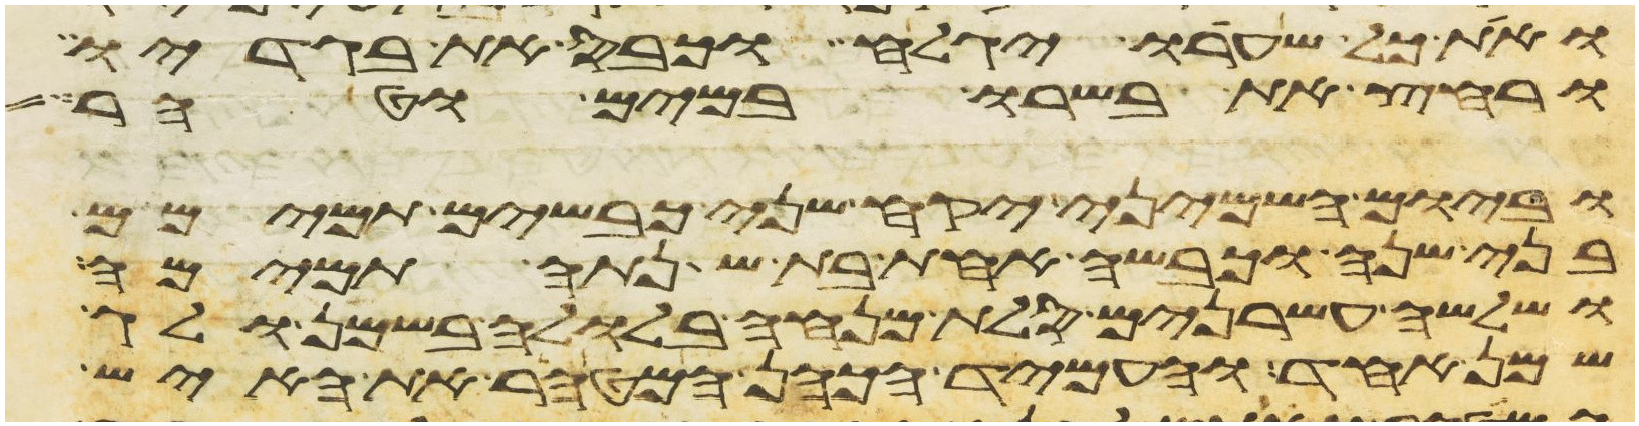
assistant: ואת כל שערו יגלח וכבס את בגדיו
ורחץ את בשרו במים וטהר
וביום השמיני יקח שני כבשים תמימם
בני שנה וכבשה אחת בת שנתה תמימה
ושלשה עשרנים סלת מנחה בלולה בשמן ולג
שמן אחד והעמיד הכהן המטהר את האיש